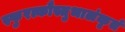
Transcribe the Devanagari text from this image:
स्फुरत्कौस्तुभालंकृतं